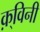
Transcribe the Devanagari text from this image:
क़्विनी